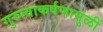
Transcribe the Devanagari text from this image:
गुरुत्वाकर्षणामुळीं